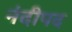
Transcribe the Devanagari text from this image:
नंदीपद